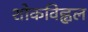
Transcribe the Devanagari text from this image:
शोकविह्वल